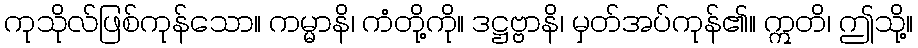
ကုသိုလ်ဖြစ်ကုန်သော။ ကမ္မာနိ၊ ကံတို့ကို။ ဒဋ္ဌဗ္ဗာနိ၊ မှတ်အပ်ကုန်၏။ ဣတိ၊ ဤသို့။